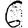
Digit: 6